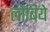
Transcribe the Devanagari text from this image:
लोबिये